Annual administration report of the Civil Veterinary Department of India - 1898-1899
Year: 1898
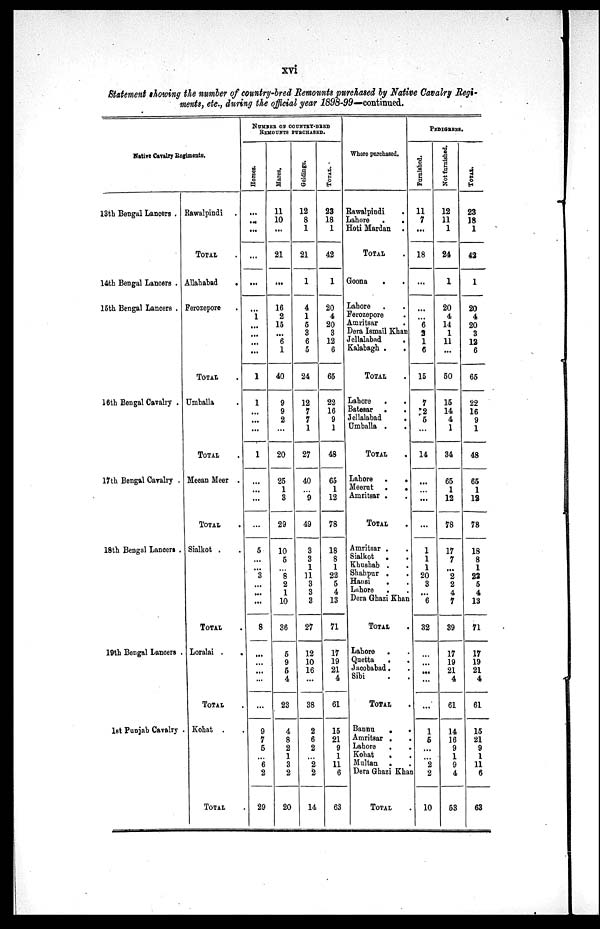
xvi
Statement showing the number of country-bred Remounts purchased by Native Cavalry Regi-
ments, etc., during the official year 1898-99—continued.
Native Cavalry Regiments.
13th Bengal Lancers .
14th Bengal Lancers .
15th Bengal Lancers .
16th Bengal Cavalry .
17th Bengal Cavalry .
18th Bengal Lancers .
19th Bengal Lancers .
1st Punjab Cavalry .
Rawalpindi .
TOTAL.
Allahabad
.
Ferozepore .
TOTAL .
Umballa .
TOTAL .
Meean Meer .
TOTAL .
Sialkot . .
TOTAL .
Loralai .
.
TOTAL .
Kohat . .
TOTAL .
NUMBER OF COUNTRY-BRED
REMOUNTS PURCHASED.
Horses.
...
...
...
...
...
...
1
...
...
...
...
1
1
...
...
...
1
...
...
...
...
5
...
...
3
...
...
...
8
...
...
...
...
...
9
7
5
...
6
2
29
Mares.
11
10
...
21
...
16
2
15
...
6
1
40
9
9
2
...
20
25
1
3
29
10
5
...
8
2
1
10
36
5
9
5
4
23
4
8
2
1
3
2
20
Geldings.
12
8
1
21
1
4
1
5
3
6
5
24
12
7
7
1
27
40
...
9
49
3
3
1
11
3
3
3
27
12
10
16
...
38
2
6
2
...
2
2
14
TOTAL
23
18
1
42
1
20
4
20
3
12
6
65
22
16
9
1
48
65
1
12
78
18
8
1
22
5
4
13
71
17
19
21
4
61
15
21
9
1
11
6
63
Where purchased.
Rawalpindi
Lahore
.
.
Hoti Mardan .
TOTAL
Goona
.
.
Lahore
Ferozepore .
Amritsar .
Dera Ismail Khan
Jellalabad
.
Kalabagh .
.
TOTAL
Lahore
.
.
Batesar ..
Jellalabad
.
Umballa .
.
TOTAL
Lahore .
.
Meerut .
.
Amritsar . .
TOTAL
Amritsar . .
Sialkot .
.
Khushab . .
Shahpur .
.
Hansi . .
Lahore . .
Dera Ghazi Khan
TOTAL .
Lahore ..
Quetta . .
Jacobabad . .
Sibi ..
TOTAL
Bannu
.
.
Amritsar . .
Lahore
.
Kohat . .
Multan . .
Dera Ghazi Khan
TOTAL .
PEDIGREES.
Furnished.
11
7
...
18
...
...
...
6
3
1
6
15
7
2
5
...
14
...
...
...
...
1
1
1
20
3
...
6
32
...
...
...
...
...
1
6
...
...
2
2
10
Not furnished.
12
11
1
24
1
20
4
14
1
11
...
50
15
14
4
1
34
65
1
12
78
17
7
...
2
2
4
7
39
17
19
21
4
61
14
16
9
1
9
4
53
TOTAL.
23
18
1
42
1
20
4
20
3
12
6
65
22
16
9
1
48
65
1
12
78
18
8
1
22
5
4
13
71
17
19
21
4
61
15
21
9
1
11
6
63